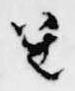
笙